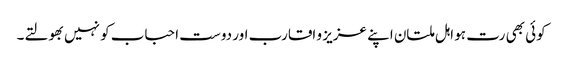
کوئی بھی رت ہو اہل ملتان اپنے عزیز و اقارب اور دوست احباب کو نہیں بھولتے۔